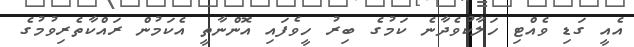
އެއީ ގަޑި ވެއްޓި ހަލާކުވެދާނެ ކަމުގެ ބިރު ހީވެފައި އޮންނާތީ އެކަމުން ރައްކާތެރިވުމުގެ